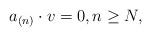
LaTeX: \begin{align*} a_{(n)}\cdot v=0,n\geq N,\end{align*}